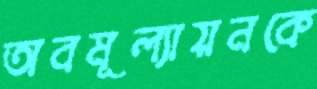
অবমূল্যায়নকে